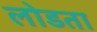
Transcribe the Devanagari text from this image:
लोडता